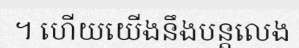
។ ហើយយើងនឹងបន្តលេង